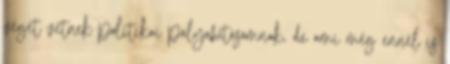
véget vetnek politikai pályafutásomnak, de ami még ennél is